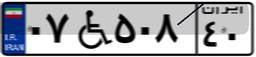
۰۷W۵۰۸۴۰